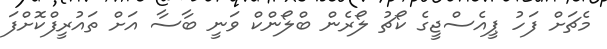
މެޗަށް ފަހު ޕީއެސްޖީގެ ކޯޗު ލޯރެން ބްލޯންކް ވަނީ ބާސާ އަށް ތައުރީފްކޮށްފަ